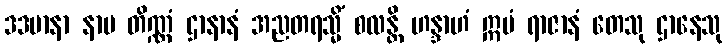
ဒဒမာနာ နာမ တိဏ္ဏံ ဌာနာနံ အညတရသ္မိံ စလန္တိ ဟန္ဒာဟံ ဣမံ ရာဇာနံ တေသု ဌာနေသု